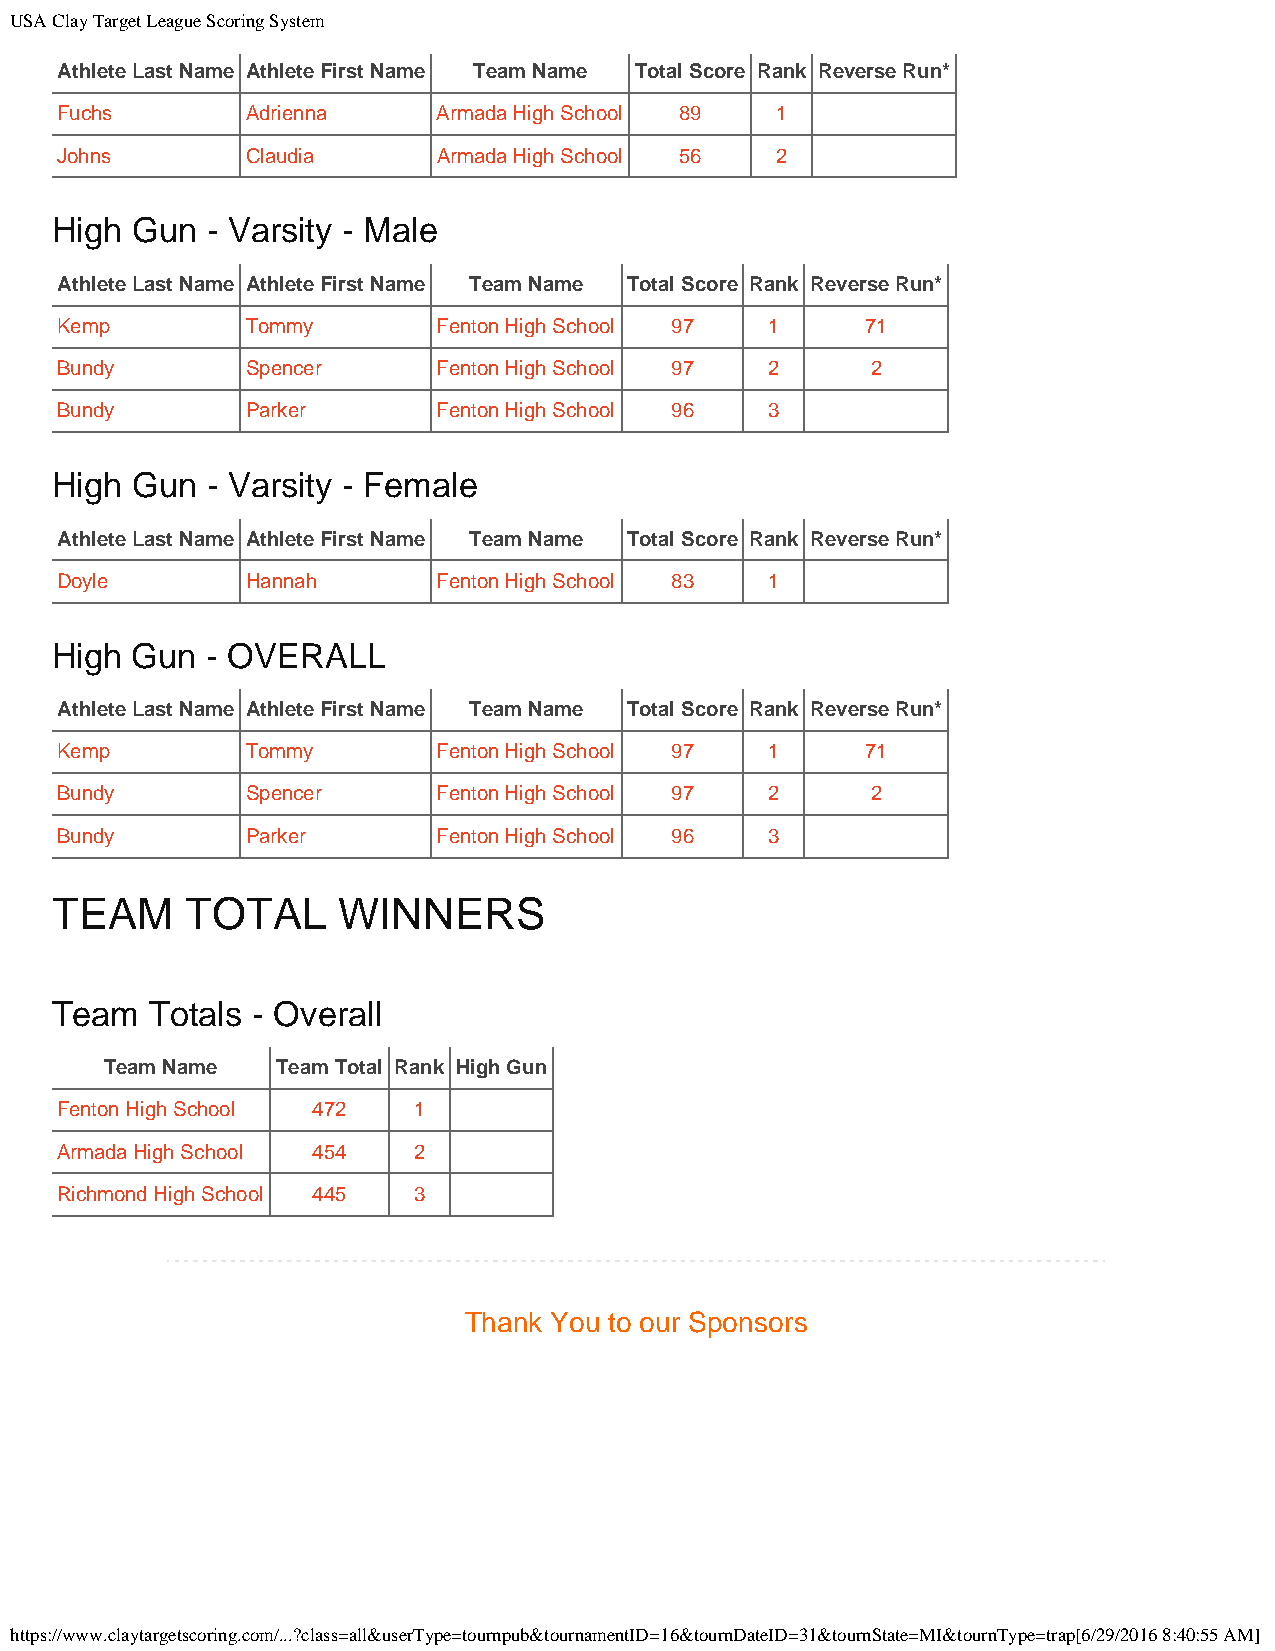
USA Clay Target League Scoring System
 Athlete Last Name Athlete First Name Team Name Total Score Rank Reverse Run*
 Fuchs       Adrienna     Armada High School 89 1
 Johns       Claudia      Armada High School 56 2
 High  Gun  - Varsity - Male
 Athlete Last Name Athlete First Name Team Name Total Score Rank Reverse Run*
 Kemp        Tommy        Fenton High School 97 1     71
 Bundy       Spencer      Fenton High School 97 2      2
 Bundy       Parker       Fenton High School 96 3
 High  Gun  - Varsity - Female
 Athlete Last Name Athlete First Name Team Name Total Score Rank Reverse Run*
 Doyle       Hannah       Fenton High School 83 1
 High  Gun  - OVERALL
 Athlete Last Name Athlete First Name Team Name Total Score Rank Reverse Run*
 Kemp        Tommy        Fenton High School 97 1     71
 Bundy       Spencer      Fenton High School 97 2      2
 Bundy       Parker       Fenton High School 96 3
 TEAM     TOTAL     WINNERS
 Team   Totals - Overall
 Team Name  Team Total Rank High Gun
 Fenton High School 472 1
 Armada High School 454 2
 Richmond High School 445 3
 Thank You to our Sponsors
 https://www.claytargetscoring.com/...?class=all&userType=tournpub&tournamentID=16&tournDateID=31&tournState=MI&tournType=trap[6/29/2016 8:40:55 AM]